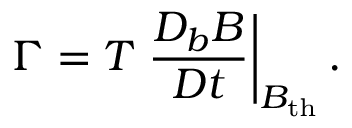
\Gamma = T \left. \frac { D _ { b } B } { D t } \right| _ { B _ { \mathrm { t h } } } .